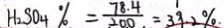
H _ { 2 } S O _ { 4 } \% = \frac { 7 8 . 4 } { 2 0 0 } = 3 9 . 2 \%